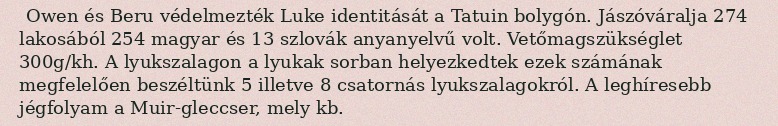
Owen és Beru védelmezték Luke identitását a Tatuin bolygón. Jászóváralja 274 lakosából 254 magyar és 13 szlovák anyanyelvű volt. Vetőmagszükséglet 300g/kh. A lyukszalagon a lyukak sorban helyezkedtek ezek számának megfelelően beszéltünk 5 illetve 8 csatornás lyukszalagokról. A leghíresebb jégfolyam a Muir-gleccser, mely kb.